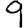
Digit: 9